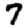
Digit: 7